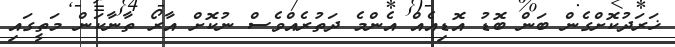
ޚަރަދުކޮށްގެން ބަން ބޮޑު އޮޑިއެއް އެންމެ ދަތުރެއްވެސް ނުކޮށް އާރޯ ތާނާކަން މަތީގައި